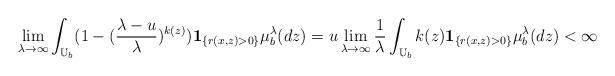
LaTeX: \begin{align*}\lim_{\lambda\rightarrow\infty}\int_{{\Bbb U}_b}(1-(\frac {\lambda -u}{\lambda})^{k(z)}){\bf 1}_{\{r(x,z)>0\}}\mu_b^{\lambda}(dz)=u\lim_{\lambda\rightarrow\infty}\frac 1{\lambda}\int_{{\Bbb U}_b}k(z){\bf 1}_{\{r(x,z)>0\}}\mu_b^{\lambda}(dz)<\infty\end{align*}